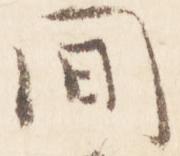
間